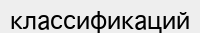
классификаций